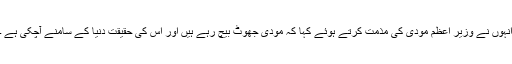
انہوں نے وزیر اعظم مودی کی مذمت کرتے ہوئے کہا کہ مودی جھوٹ بیچ رہے ہیں اور اس کی حقیقت دنیا کے سامنے آچکی ہے ۔